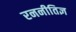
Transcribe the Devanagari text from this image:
रननीतिज्ञ